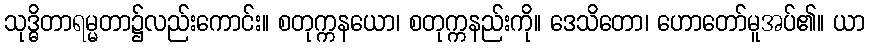
သုဒ္ဓိတာရမ္မတာ၌လည်းကောင်း။ စတုက္ကနယော၊ စတုက္ကနည်းကို။ ဒေသိတော၊ ဟောတော်မူအပ်၏။ ယာ